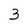
Character: 3